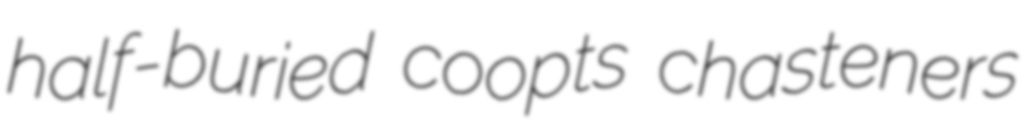
half-buried coopts chasteners